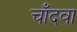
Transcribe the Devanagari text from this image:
चाँदवा